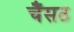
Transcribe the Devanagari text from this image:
चैंसठ